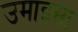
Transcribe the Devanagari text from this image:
उमाइसा